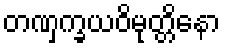
တဏှက္ခယဝိမုတ္တိနော